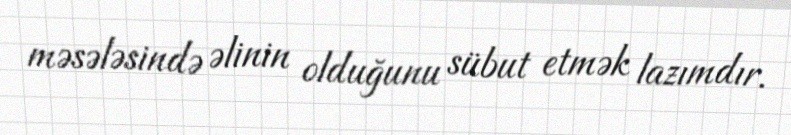
məsələsində əlinin olduğunu sübut etmək lazımdır.